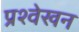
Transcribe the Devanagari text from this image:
प्रश्वेखन